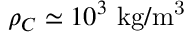
\rho _ { C } \simeq 1 0 ^ { 3 } ~ \mathrm { k g / m ^ { 3 } }